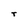
Character: T